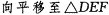
向平移至△DEF